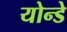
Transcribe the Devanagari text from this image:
योन्डे